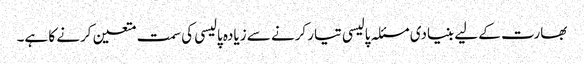
بھارت کے لیے بنیادی مسئلہ پالیسی تیار کرنے سے زیادہ پالیسی کی سمت متعین کرنے کا ہے۔